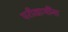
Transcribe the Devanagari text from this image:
परीक्षार्थींना